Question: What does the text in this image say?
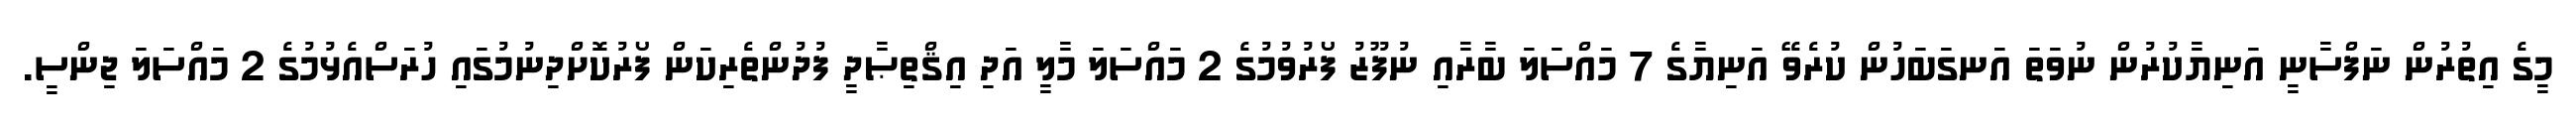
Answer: މީގެ އިތުރުން ނަފްސާނީ އަނިޔާކުރުން ނުވަތަ އަނގަބަހުން ކުރެވޭ އަނިޔާގެ 7 މައްސަލަ ބާރާއި ނުފޫޒު ފޯރުވުމުގެ 2 މައްސަލަ މާލީ އަދި އިޤްތިޞާދީ ފުދުންތެރިކަން ފޯރުކޮށްދިނުމުގައި ހުރަސްއެޅުމުގެ 2 މައްސަލަ ޖިންސީ.